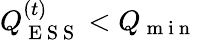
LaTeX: Q_{\mathrm{~E~S~S~}}^{(t)}<Q_{\mathrm{~m~i~n~}}